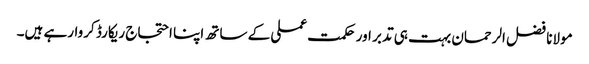
مولانا فضل الرحمان بہت ہی تدبر اور حکمت عملی کے ساتھ اپنا احتجاج ریکارڈ کروارہے ہیں۔